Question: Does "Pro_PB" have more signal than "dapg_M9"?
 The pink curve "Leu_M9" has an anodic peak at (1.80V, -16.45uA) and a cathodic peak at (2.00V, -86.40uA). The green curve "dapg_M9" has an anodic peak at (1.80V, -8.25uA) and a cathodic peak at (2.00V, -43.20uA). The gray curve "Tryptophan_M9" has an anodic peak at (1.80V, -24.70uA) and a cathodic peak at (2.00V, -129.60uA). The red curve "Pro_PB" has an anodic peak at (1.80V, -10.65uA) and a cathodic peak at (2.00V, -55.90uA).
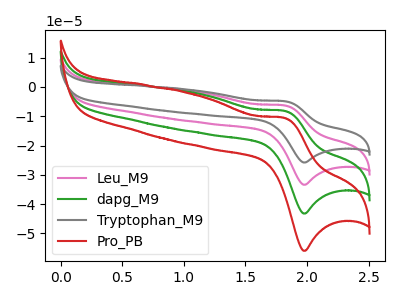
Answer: <think>All the peaks in "Pro_PB" have a peak in "dapg_M9" at the same potential.
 </think>
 <answer>I cant tell if "Pro_PB" or "dapg_M9" has more signal.</answer>
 <eval>mixed_signal</eval>